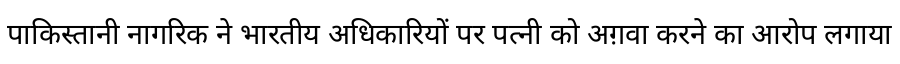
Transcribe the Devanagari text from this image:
पाकिस्तानी नागरिक ने भारतीय अधिकारियों पर पत्नी को अग़वा करने का आरोप लगाया